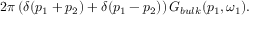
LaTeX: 2 \pi \left( \delta ( p _ { 1 } + p _ { 2 } ) + \delta ( p _ { 1 } - p _ { 2 } ) \right) G _ { b u l k } ( p _ { 1 } , \omega _ { 1 } ) .